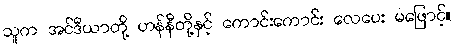
သူက အင်ဒီယာတို့ ဟန်နီတို့နှင့် ကောင်းကောင်း လေပေး မဖြောင့်။